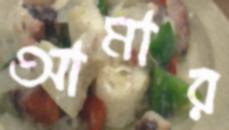
আমার